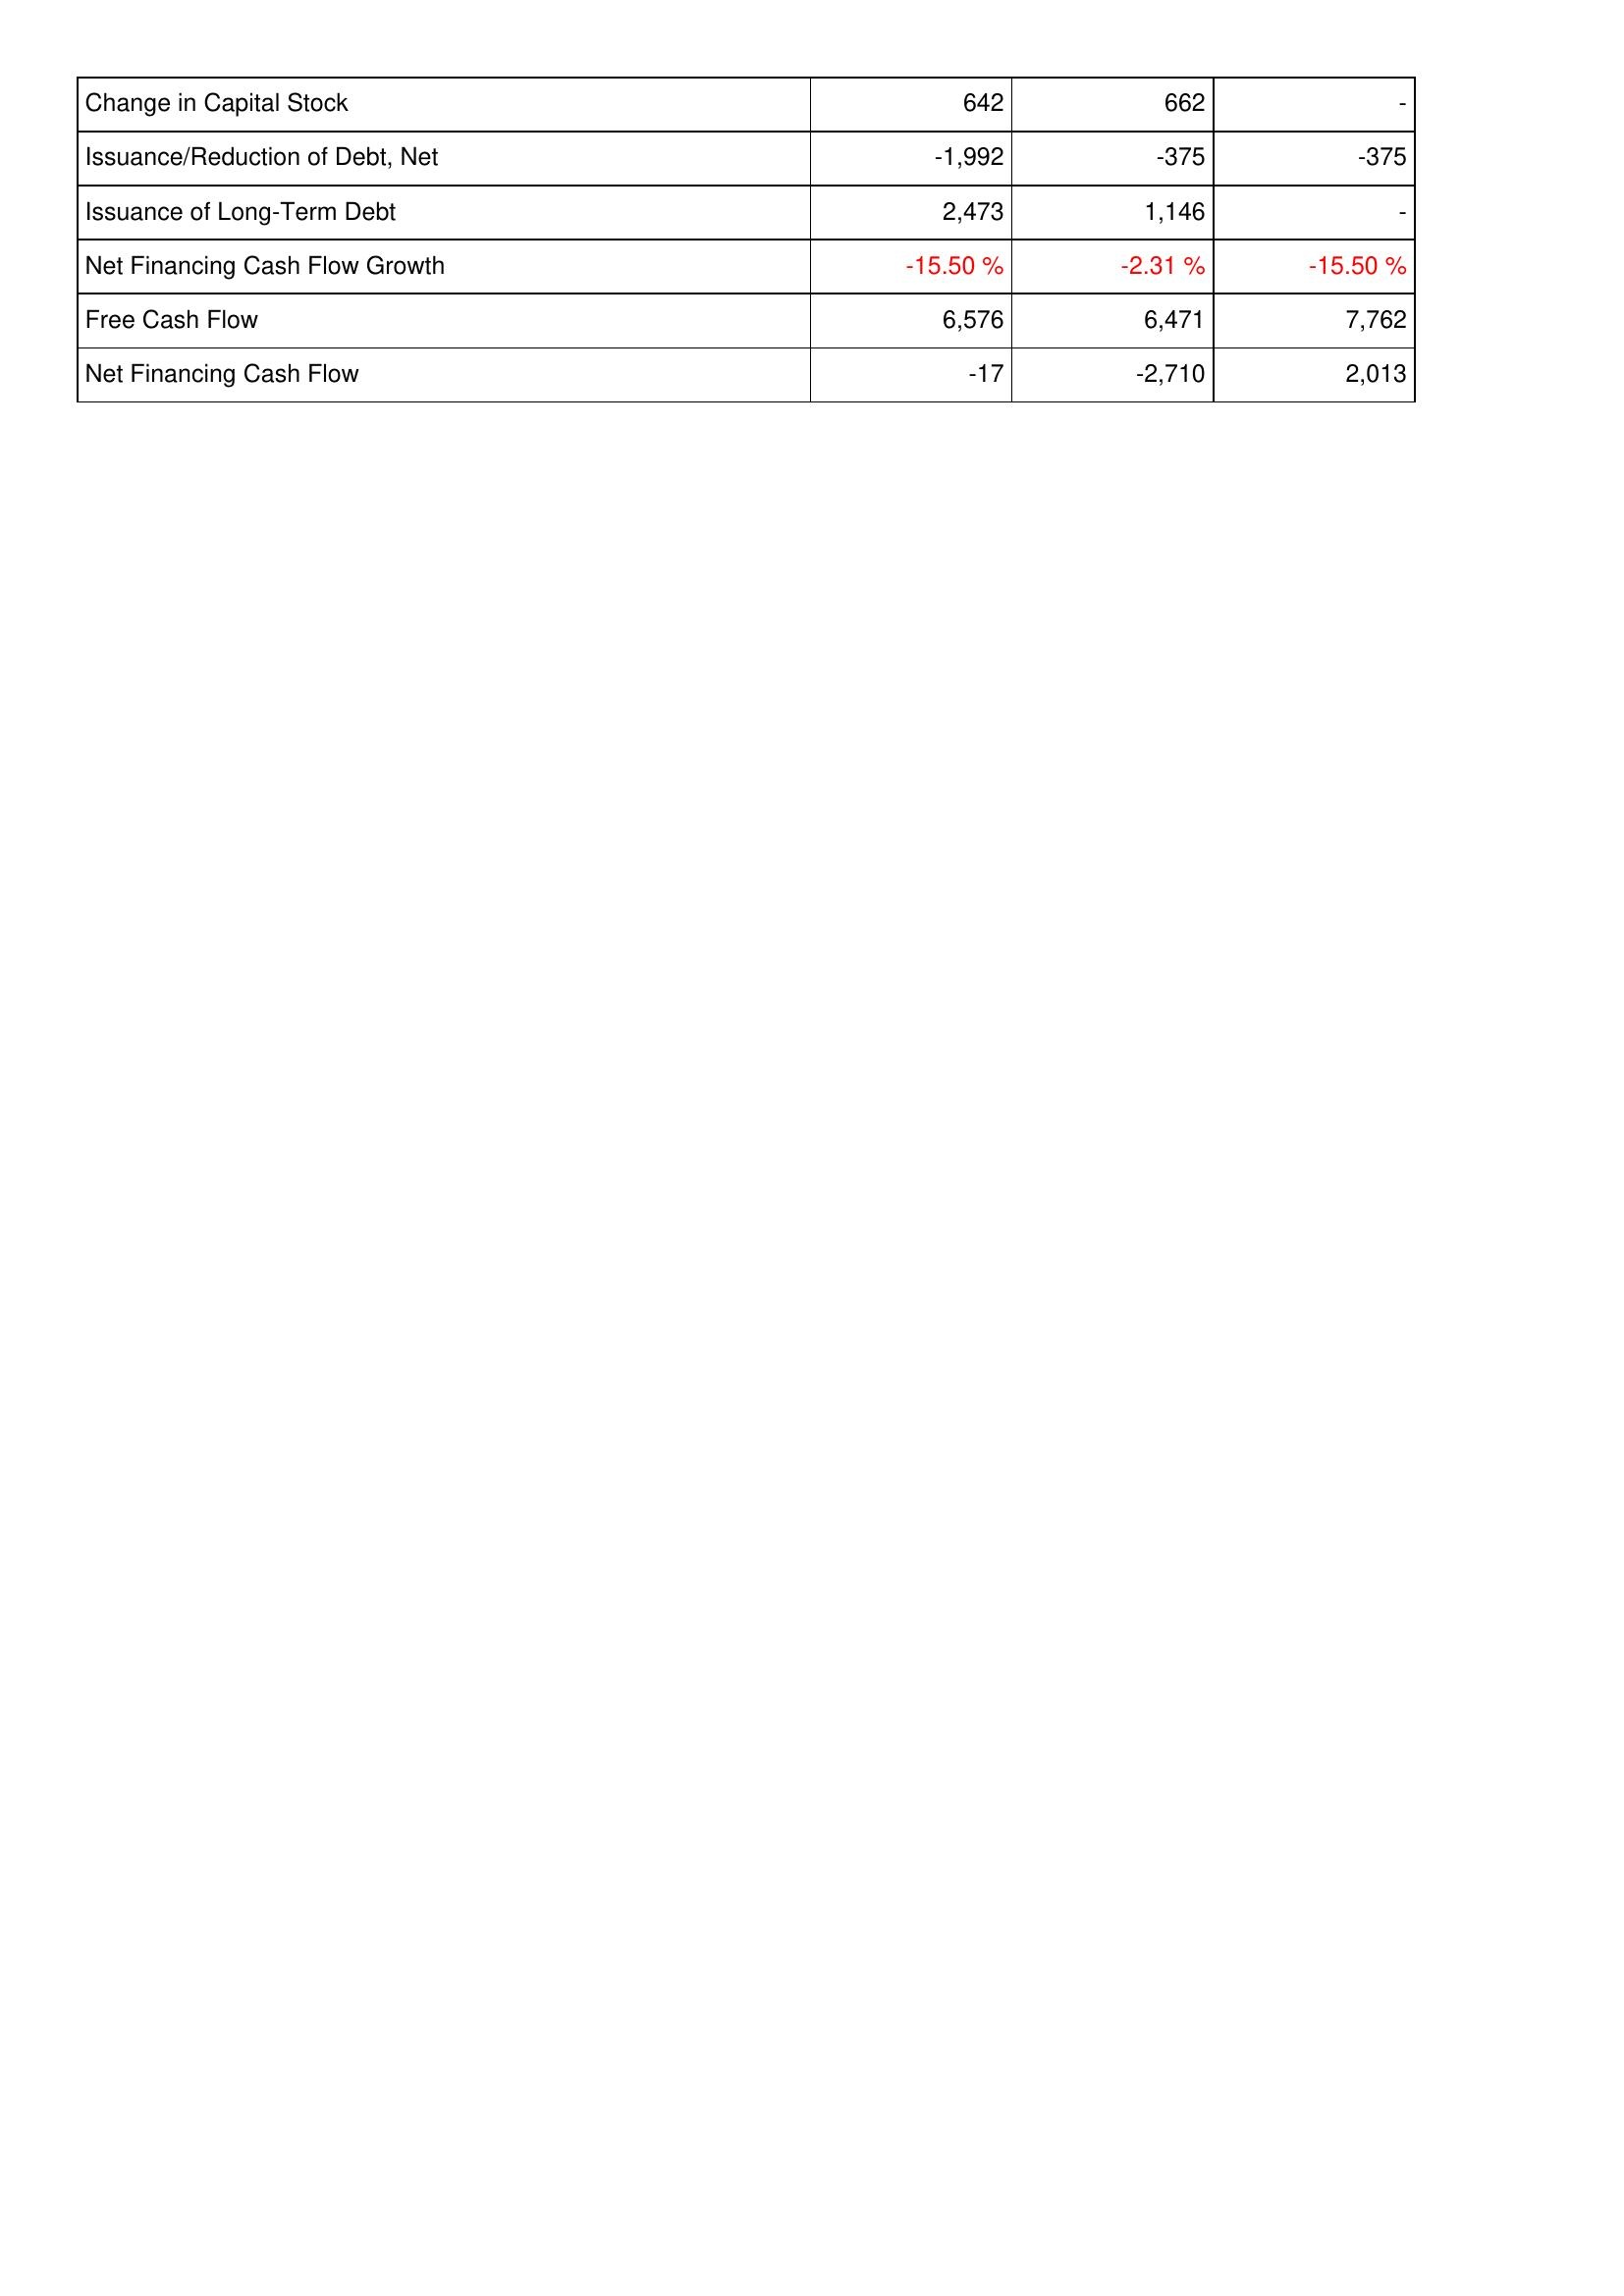
2007: Financing Activities: Change in Capital Stock: 642
Issuance/Reduction of Debt, Net: -1,992
Issuance of Long-Term Debt: 2,473
Net Financing Cash Flow Growth: -15.50 %
Free Cash Flow: 6,576
Net Financing Cash Flow: -17
2008: Financing Activities: Change in Capital Stock: 662
Issuance/Reduction of Debt, Net: -375
Issuance of Long-Term Debt: 1,146
Net Financing Cash Flow Growth: -2.31 %
Free Cash Flow: 6,471
Net Financing Cash Flow: -2,710
2009: Financing Activities: Change in Capital Stock: -
Issuance/Reduction of Debt, Net: -375
Issuance of Long-Term Debt: -
Net Financing Cash Flow Growth: -15.50 %
Free Cash Flow: 7,762
Net Financing Cash Flow: 2,013